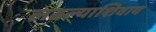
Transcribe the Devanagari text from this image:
लढल्याशिवाय